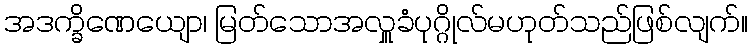
အဒက္ခိဏေယျော၊ မြတ်သောအလှူခံပုဂ္ဂိုလ်မဟုတ်သည်ဖြစ်လျက်။